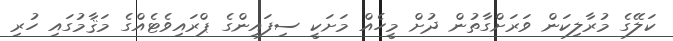
ކަލޭގެ މުރާލިކަން ވަރަށްގާތުން ދުށް މީހެއް މަށަކީ ސިފައިންގެ ޕްރައިވެޓެއްގެ މަޤާމުގައި ހުރި